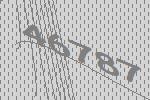
46787